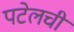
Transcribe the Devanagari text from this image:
पटेलची